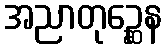
အညာတုဉ္ဆေန